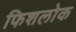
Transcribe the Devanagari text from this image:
फिशलोक